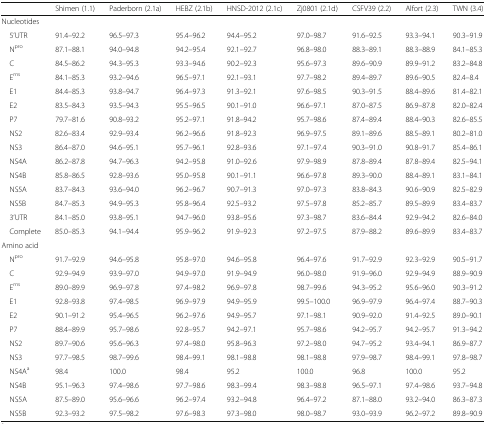
<table><thead><tr><td></td><td><b>Shimen (1.1)</b></td><td><b>Paderborn (2.1a)</b></td><td><b>HEBZ (2.1b)</b></td><td><b>HNSD-2012 (2.1c)</b></td><td><b>Zj0801 (2.1d)</b></td><td><b>CSFV39 (2.2)</b></td><td><b>Alfort (2.3)</b></td><td><b>TWN (3.4)</b></td></tr></thead><tbody><tr><td colspan="9">Nucleotides</td></tr><tr><td> 5’UTR</td><td>91.4–92.2</td><td>96.5–97.3</td><td>95.4–96.2</td><td>94.4–95.2</td><td>97.0–98.7</td><td>91.6–92.5</td><td>93.3–94.1</td><td>90.3–91.9</td></tr><tr><td> N<sup>pro</sup></td><td>87.1–88.1</td><td>94.0–94.8</td><td>94.2–95.4</td><td>92.1–92.7</td><td>96.8–98.0</td><td>88.3–89.1</td><td>88.3–88.9</td><td>84.1–85.3</td></tr><tr><td> C</td><td>84.5–86.2</td><td>94.3–95.3</td><td>93.3–94.6</td><td>90.2–92.3</td><td>95.6–97.3</td><td>89.6–90.9</td><td>89.9–91.2</td><td>83.2–84.8</td></tr><tr><td> E<sup>rns</sup></td><td>84.1–85.3</td><td>93.2–94.6</td><td>96.5–97.1</td><td>92.1–93.1</td><td>97.7–98.2</td><td>89.4–89.7</td><td>89.6–90.5</td><td>82.4–8.4</td></tr><tr><td> E1</td><td>84.4–85.3</td><td>93.8–94.7</td><td>96.4–97.3</td><td>91.3–92.1</td><td>97.6–98.5</td><td>90.3–91.5</td><td>88.4–89.6</td><td>81.4–82.1</td></tr><tr><td> E2</td><td>83.5–84.3</td><td>93.5–94.3</td><td>95.5–96.5</td><td>90.1–91.0</td><td>96.6–97.1</td><td>87.0–87.5</td><td>86.9–87.8</td><td>82.0–82.4</td></tr><tr><td> P7</td><td>79.7–81.6</td><td>90.8–93.2</td><td>95.2–97.1</td><td>91.8–94.2</td><td>95.7–98.6</td><td>87.4–89.4</td><td>88.4–90.3</td><td>82.6–85.5</td></tr><tr><td> NS2</td><td>82.6–83.4</td><td>92.9–93.4</td><td>96.2–96.6</td><td>91.8–92.3</td><td>96.9–97.5</td><td>89.1–89.6</td><td>88.5–89.1</td><td>80.2–81.0</td></tr><tr><td> NS3</td><td>86.4–87.0</td><td>94.6–95.1</td><td>95.7–96.1</td><td>92.8–93.6</td><td>97.1–97.4</td><td>90.3–91.0</td><td>90.8–91.7</td><td>85.4–86.1</td></tr><tr><td> NS4A</td><td>86.2–87.8</td><td>94.7–96.3</td><td>94.2–95.8</td><td>91.0–92.6</td><td>97.9–98.9</td><td>87.8–89.4</td><td>87.8–89.4</td><td>82.5–94.1</td></tr><tr><td> NS4B</td><td>85.8–86.5</td><td>92.8–93.6</td><td>95.0–95.8</td><td>90.1–91.1</td><td>96.6–97.8</td><td>89.3–90.0</td><td>88.4–89.1</td><td>83.1–84.1</td></tr><tr><td> NS5A</td><td>83.7–84.3</td><td>93.6–94.0</td><td>96.2–96.7</td><td>90.7–91.3</td><td>97.0–97.3</td><td>83.8–84.3</td><td>90.6–90.9</td><td>82.5–82.9</td></tr><tr><td> NS5B</td><td>84.7–85.3</td><td>94.9–95.3</td><td>95.8–96.4</td><td>92.5–93.2</td><td>97.5–97.8</td><td>85.2–85.7</td><td>89.5–89.9</td><td>83.4–83.7</td></tr><tr><td> 3’UTR</td><td>84.1–85.0</td><td>93.8–95.1</td><td>94.7–96.0</td><td>93.8–95.6</td><td>97.3–98.7</td><td>83.6–84.4</td><td>92.9–94.2</td><td>82.6–84.0</td></tr><tr><td> Complete</td><td>85.0–85.3</td><td>94.1–94.4</td><td>95.9–96.2</td><td>91.9–92.3</td><td>97.2–97.5</td><td>87.9–88.2</td><td>89.6–89.9</td><td>83.4–83.7</td></tr><tr><td colspan="9">Amino acid</td></tr><tr><td> N<sup>pro</sup></td><td>91.7–92.9</td><td>94.6–95.8</td><td>95.8–97.0</td><td>94.6–95.8</td><td>96.4–97.6</td><td>91.7–92.9</td><td>92.3–92.9</td><td>90.5–91.7</td></tr><tr><td> C</td><td>92.9–94.9</td><td>93.9–97.0</td><td>94.9–97.0</td><td>91.9–94.9</td><td>96.0–98.0</td><td>91.9–96.0</td><td>92.9–94.9</td><td>88.9–90.9</td></tr><tr><td> E<sup>rns</sup></td><td>89.0–89.9</td><td>96.9–97.8</td><td>97.4–98.2</td><td>96.9–97.8</td><td>98.7–99.6</td><td>94.3–95.2</td><td>95.6–96.0</td><td>90.3–91.2</td></tr><tr><td> E1</td><td>92.8–93.8</td><td>97.4–98.5</td><td>96.9–97.9</td><td>94.9–95.9</td><td>99.5–100.0</td><td>96.9–97.9</td><td>96.4–97.4</td><td>88.7–90.3</td></tr><tr><td> E2</td><td>90.1–91.2</td><td>95.4–96.5</td><td>96.2–97.6</td><td>94.9–95.7</td><td>97.1–98.1</td><td>90.9–92.0</td><td>91.4–92.5</td><td>89.0–90.1</td></tr><tr><td> P7</td><td>88.4–89.9</td><td>95.7–98.6</td><td>92.8–95.7</td><td>94.2–97.1</td><td>95.7–98.6</td><td>94.2–95.7</td><td>94.2–95.7</td><td>91.3–94.2</td></tr><tr><td> NS2</td><td>89.7–90.6</td><td>95.6–96.3</td><td>97.4–98.0</td><td>95.8–96.3</td><td>97.2–98.0</td><td>94.7–95.2</td><td>93.4–94.1</td><td>86.9–87.7</td></tr><tr><td> NS3</td><td>97.7–98.5</td><td>98.7–99.6</td><td>98.4–99.1</td><td>98.1–98.8</td><td>98.1–98.8</td><td>97.9–98.7</td><td>98.4–99.1</td><td>97.8–98.7</td></tr><tr><td> NS4A<sup>a</sup></td><td>98.4</td><td>100.0</td><td>98.4</td><td>95.2</td><td>100.0</td><td>96.8</td><td>100.0</td><td>95.2</td></tr><tr><td> NS4B</td><td>95.1–96.3</td><td>97.4–98.6</td><td>97.7–98.6</td><td>98.3–99.4</td><td>98.3–98.8</td><td>96.5–97.1</td><td>97.4–98.6</td><td>93.7–94.8</td></tr><tr><td> NS5A</td><td>87.5–89.0</td><td>95.6–96.6</td><td>96.2–97.4</td><td>93.2–94.8</td><td>96.4–97.2</td><td>87.1–88.0</td><td>93.2–94.0</td><td>86.3–87.3</td></tr><tr><td> NS5B</td><td>92.3–93.2</td><td>97.5–98.2</td><td>97.6–98.3</td><td>97.3–98.0</td><td>98.0–98.7</td><td>93.0–93.9</td><td>96.2–97.2</td><td>89.8–90.9</td></tr></tbody></table>